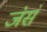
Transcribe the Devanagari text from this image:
ज॓स॓